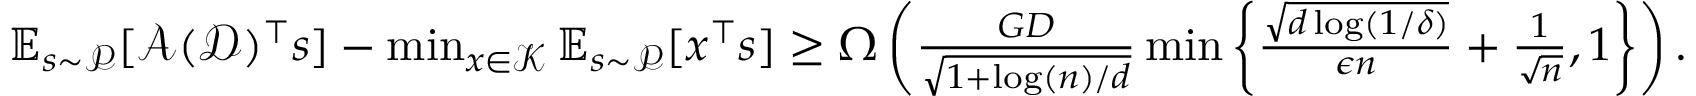
\begin{array} { r } { \mathbb { E } _ { s \sim \mathcal { P } } [ \mathcal { A } ( \mathcal { D } ) ^ { \top } s ] - \operatorname* { m i n } _ { x \in \mathcal { K } } \mathbb { E } _ { s \sim \mathcal { P } } [ x ^ { \top } s ] \ge \Omega \left( \frac { G D } { \sqrt { 1 + \log ( n ) / d } } \operatorname* { m i n } \left\{ \frac { \sqrt { d \log ( 1 / \delta ) } } { \epsilon n } + \frac { 1 } { \sqrt { n } } , 1 \right\} \right) . } \end{array}